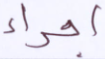
اجراء